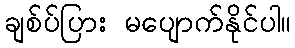
ချစ်ပ်ပြား မပျောက်နိုင်ပါ။